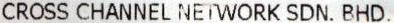
CROSS CHANNEL NETWORK SDN. BHD.